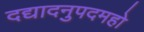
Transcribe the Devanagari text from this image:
दद्यादनुपदमहो